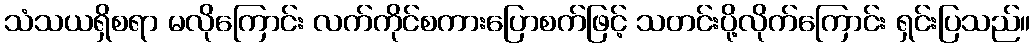
သံသယရှိစရာ မလိုကြောင်း လက်ကိုင်စကားပြောစက်ဖြင့် သတင်းပို့လိုက်ကြောင်း ရှင်းပြသည်။